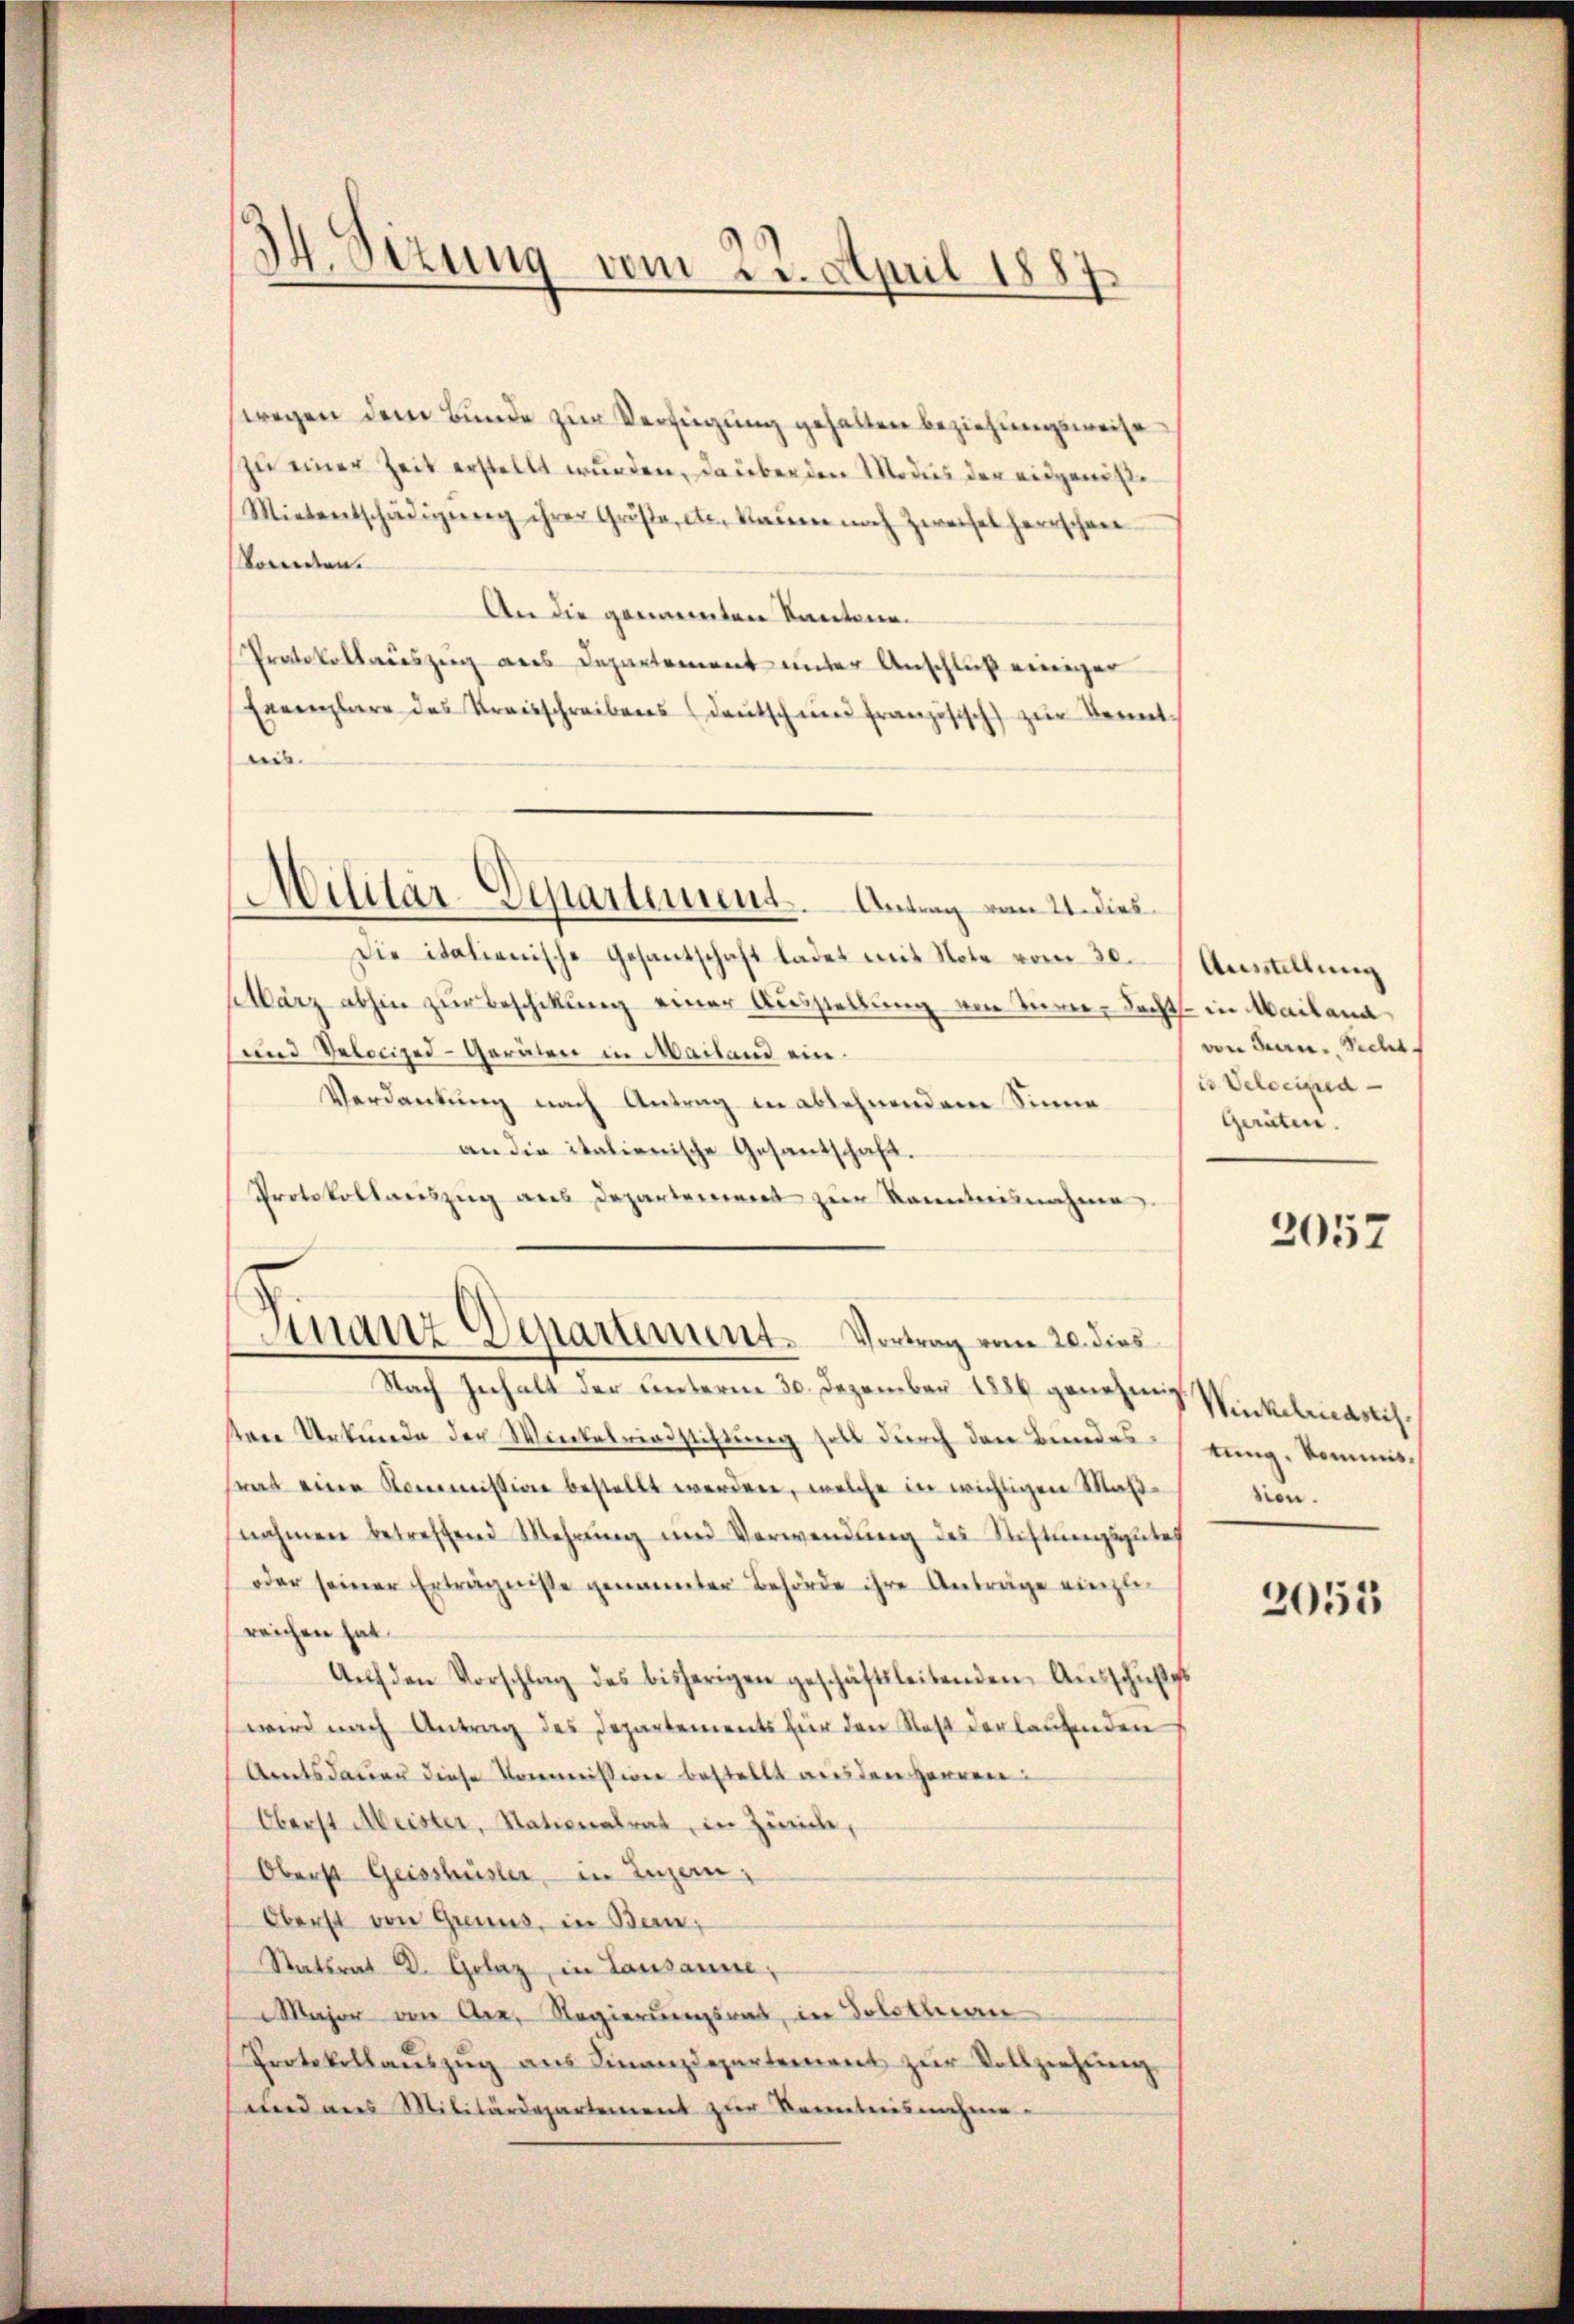
44. Sizung vom 23. April 1882.
d

Militär-Departement. Antrag vom 21. dies

(wegen dem Bunde zur Verfügung gehalten beziehungsweise
zu einer Zeit erstellt wurden, da über den Modus der eidgenöße
Mietentschädigŭng ihrer Gruse, etc. Kaum noch Zweifel herrschen
komen.
An die genannten Kantona¬
Protokollauszug aus Departement unter Anschluß einiger
Exemplare des Kreisschreibens (deŭtsch und französisch zur Kennt
eis.
Die italienische Gesantschaft ladet mit Note vom 30.
slärz abhin zur Beschikung einer Ausstellung von Turne-Rechts in Mailand
und Velocizei-Geräten in Mailand ein.
Verdankung nach Antrag in ablehnendem Sinne
an die italienische Gesantschaft.
Protokollauszug aus Departement zur Kenntnisnahme
Finanz Departement. Vortrag vom 20. dies
Nach Inhalt der unterm 30. Dezember 1886 genehmig
tene Urkunde der Winterrindstiftung soll durch den Bundes-
srat eine Kommission bestellt werden, welche in wichtigen Maßnahmen betreffend Mehrŭng und Verwendŭng des Stiftŭngsgutes
oder seiner Erträgnisse genannter Behörde ihre Anträge einglereichen hat.
Aŭf den Vorschlag des bisherigen geschäftsleitenden Aŭsschußs
wird nach Antrag des Departements für den Rest der lautenden
Amtsdauer diese Kommission bestellt aus den Heurer
Oberst Meister, Nationalrat in Zürich,
Oberst Geisshüsler, in Luzern,
Oberst von Grenns, in Bern,
Satsrat D. Golaz, in Lausanne,
Major von der Regierungsrat, in Solothurn
Protokollaŭszŭg aŭs Finanzdepartement zŭr Vollziehŭng
und aus Militärdepartement zur Kenntnisnehme.

Ausstellung
von Bern. Recht
in Velociped¬
Geräten.

2057

Winkelmasis.
tung, Kommisnion.

2053